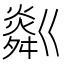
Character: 𤏞